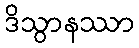
ဒိသွာနဿာ